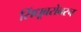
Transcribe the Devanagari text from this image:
सिंधूबरोबरच